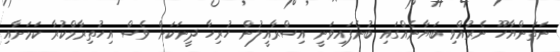
ނަތަންޔާހޫ ނެރުއްވި ބަޔާނެއްގައި ބުނެފައިވަނީ އިސްރާއީލުން ހުރިހާ ދީނަކަށް ވެސް އިހުތިރާމްކުރާ ކަމަށާއި